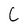
Character: L